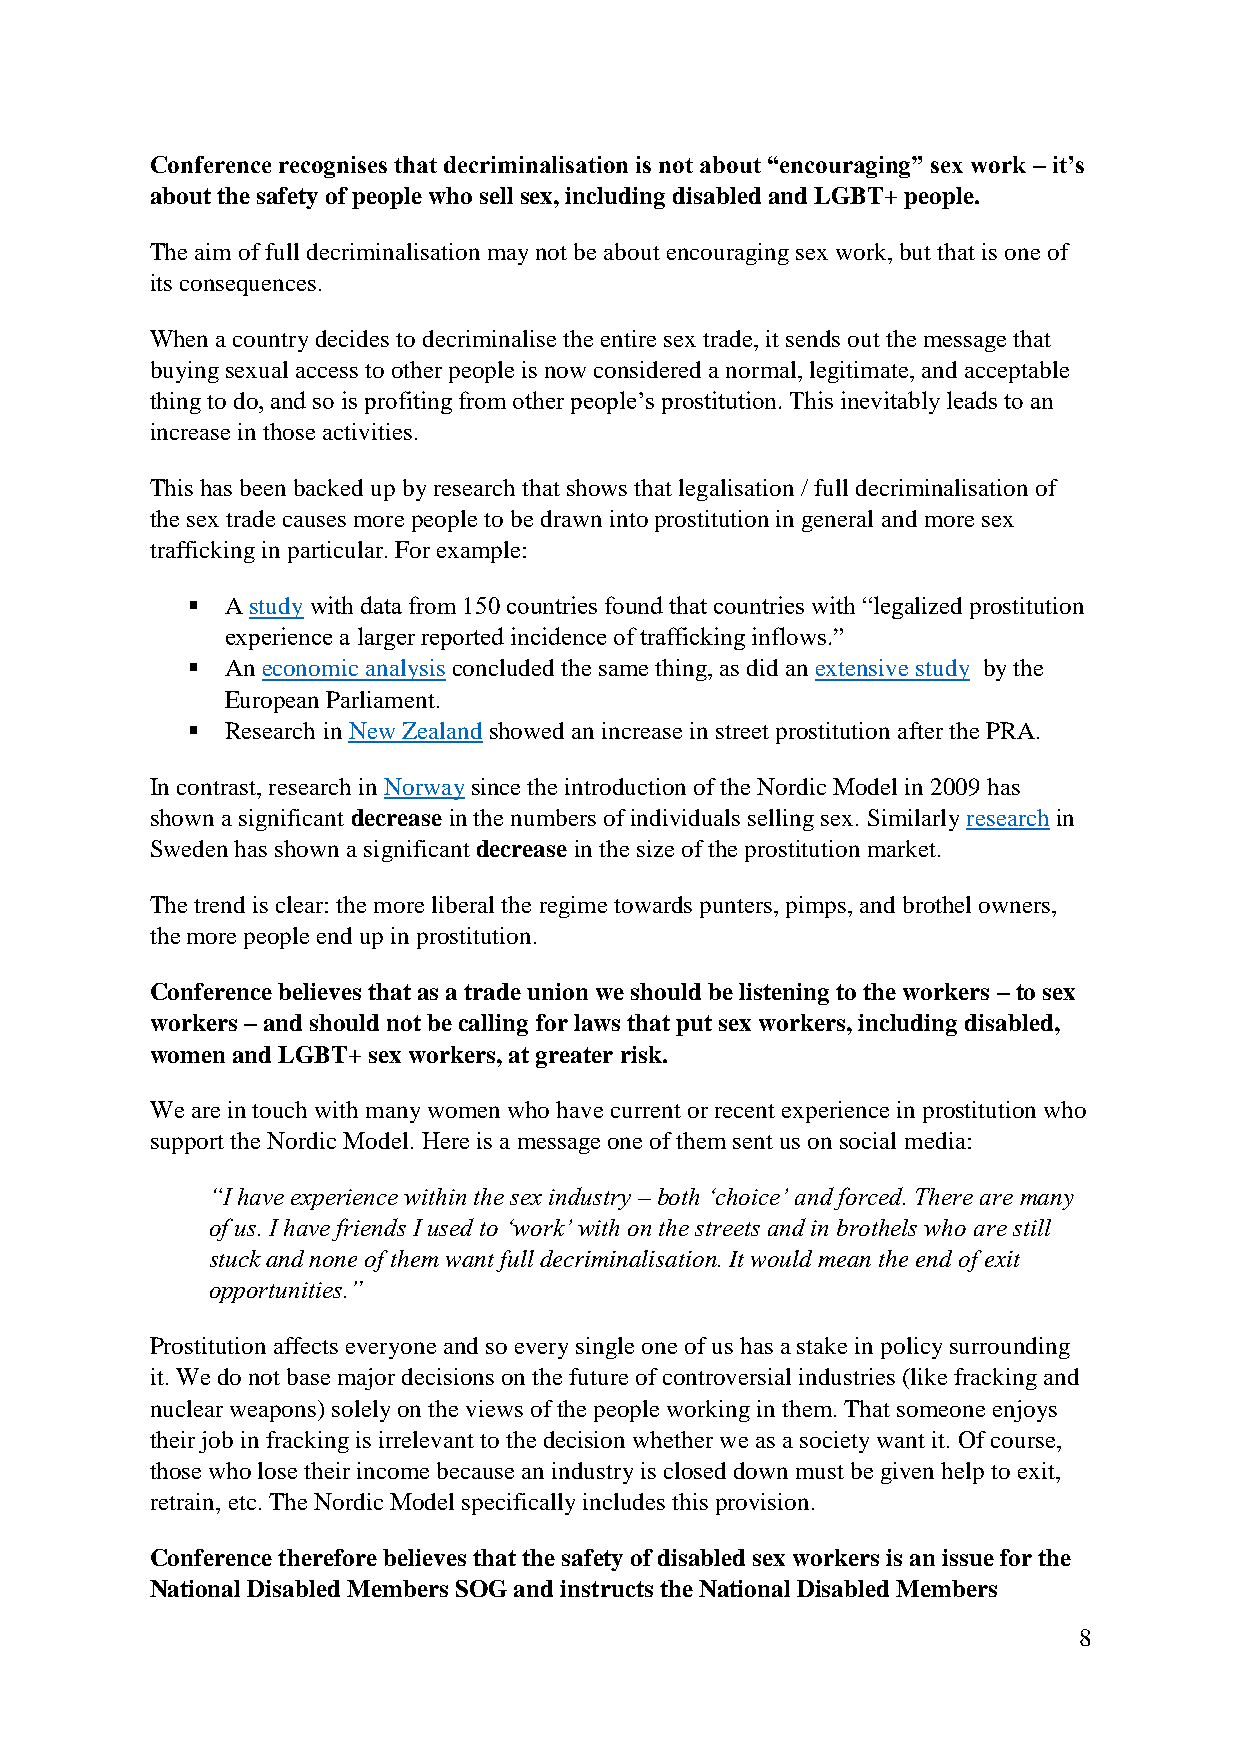
Conference recognises that decriminalisation is not about “encouraging” sex work – it’s
 about the safety of people who sell sex, including disabled and LGBT+ people.
 The aim of full decriminalisation may not be about encouraging sex work, but that is one of
 its consequences.
 When a country decides to decriminalise the entire sex trade, it sends out the message that
 buying sexual access to other people is now considered a normal, legitimate, and acceptable
 thing to do, and so is profiting from other people’s prostitution. This inevitably leads to an
 increase in those activities.
 This has been backed up by research that shows that legalisation / full decriminalisation of
 the sex trade causes more people to be drawn into prostitution in general and more sex
 trafficking in particular. For example:
   A study with data from 150 countries found that countries with “legalized prostitution
 experience a larger reported incidence of trafficking inflows.”
   An economic analysis concluded the same thing, as did an extensive study by the
 European Parliament.
   Research in New Zealand showed an increase in street prostitution after the PRA.
 In contrast, research in Norway since the introduction of the Nordic Model in 2009 has
 shown a significant decrease in the numbers of individuals selling sex. Similarly research in
 Sweden has shown a significant decrease in the size of the prostitution market.
 The trend is clear: the more liberal the regime towards punters, pimps, and brothel owners,
 the more people end up in prostitution.
 Conference believes that as a trade union we should be listening to the workers – to sex
 workers – and should not be calling for laws that put sex workers, including disabled,
 women and LGBT+ sex workers, at greater risk.
 We are in touch with many women who have current or recent experience in prostitution who
 support the Nordic Model. Here is a message one of them sent us on social media:
 “I have experience within the sex industry – both ‘choice’ and forced. There are many
 of us. I have friends I used to ‘work’ with on the streets and in brothels who are still
 stuck and none of them want full decriminalisation. It would mean the end of exit
 opportunities.”
 Prostitution affects everyone and so every single one of us has a stake in policy surrounding
 it. We do not base major decisions on the future of controversial industries (like fracking and
 nuclear weapons) solely on the views of the people working in them. That someone enjoys
 their job in fracking is irrelevant to the decision whether we as a society want it. Of course,
 those who lose their income because an industry is closed down must be given help to exit,
 retrain, etc. The Nordic Model specifically includes this provision.
 Conference therefore believes that the safety of disabled sex workers is an issue for the
 National Disabled Members SOG and instructs the National Disabled Members
 8